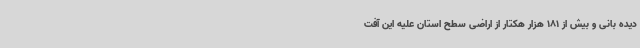
دیده بانی و بیش از 181 هزار هکتار از اراضی سطح استان علیه این آفت